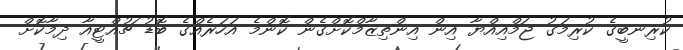
ކުރިނބީގެ ކުރިމަގު ޖަމްއިއްޔާ އިން އިންތިޒާމްކޮށްގެން ކޮންމެ އަހަރެއްގެ ބޮޑު ޗުއްޓީއާ ދިމާކޮށް